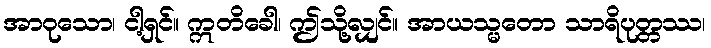
အာဝုသော၊ ငါ့ရှင်။ ဣတိခေါ၊ ဤသို့လျှင်။ အာယသ္မတော သာရိပုတ္တဿ၊